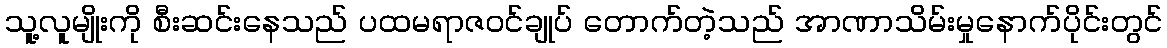
သူ့လူမျိုးကို စီးဆင်းနေသည် ပထမရာဇဝင်ချုပ် တောက်တဲ့သည် အာဏာသိမ်းမှုနောက်ပိုင်းတွင်